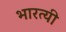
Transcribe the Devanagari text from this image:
भारत्यी